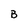
Character: B